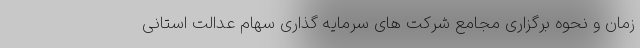
زمان و نحوه برگزاری مجامع شرکت های سرمایه گذاری سهام عدالت استانی